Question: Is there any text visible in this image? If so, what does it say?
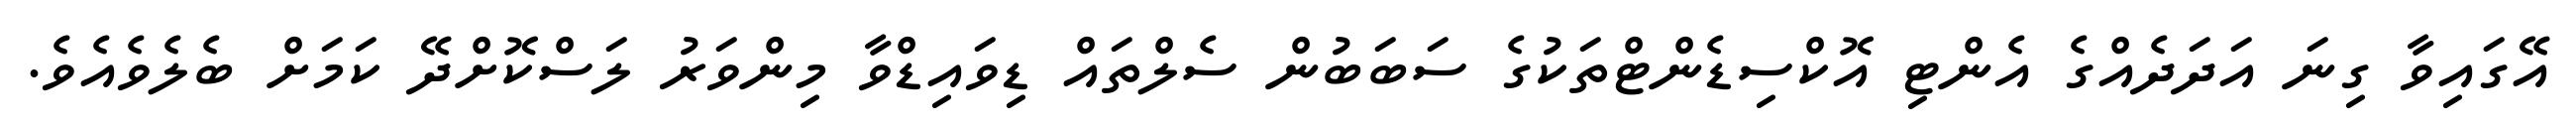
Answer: އޭގައިވާ ގިނަ އަދަދެއްގެ އެންޓި އޮކްސިޑެންޓްތަކުގެ ސަބަބުން ސެލްތައް ޑިވައިޑްވާ މިންވަރު ލަސްކޮށްދޭ ކަމަށް ބެލެވެއެވެ.